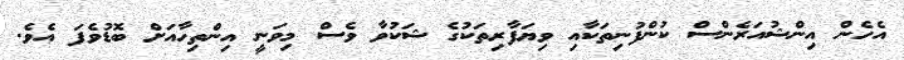
އެހެން އިންޝުއަރެންސް ކުންފުނިތަކާއި ވިޔަފާރިތަކުގެ ޝަކުވާ ވެސް މިވަނީ އިންތިހާއަށް ބޮޑުވެފަ އެވެ.